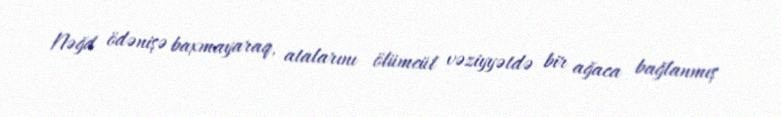
Nəğd ödənişə baxmayaraq, atalarını ölümcül vəziyyətdə bir ağaca bağlanmış